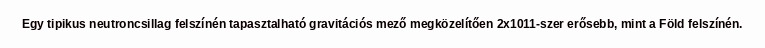
Egy tipikus neutroncsillag felszínén tapasztalható gravitációs mező megközelítően 2x1011-szer erősebb, mint a Föld felszínén.